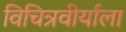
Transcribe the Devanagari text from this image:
विचित्रवीर्याला